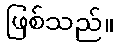
ဖြစ်သည်။